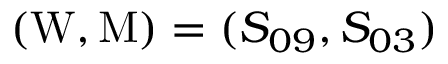
( \mathrm { W } , \mathrm { M } ) = ( S _ { 0 9 } , S _ { 0 3 } )